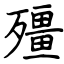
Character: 殭